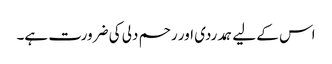
اس کے لیے ہمدردی اور رحم دلی کی ضرورت ہے۔